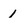
Character: I